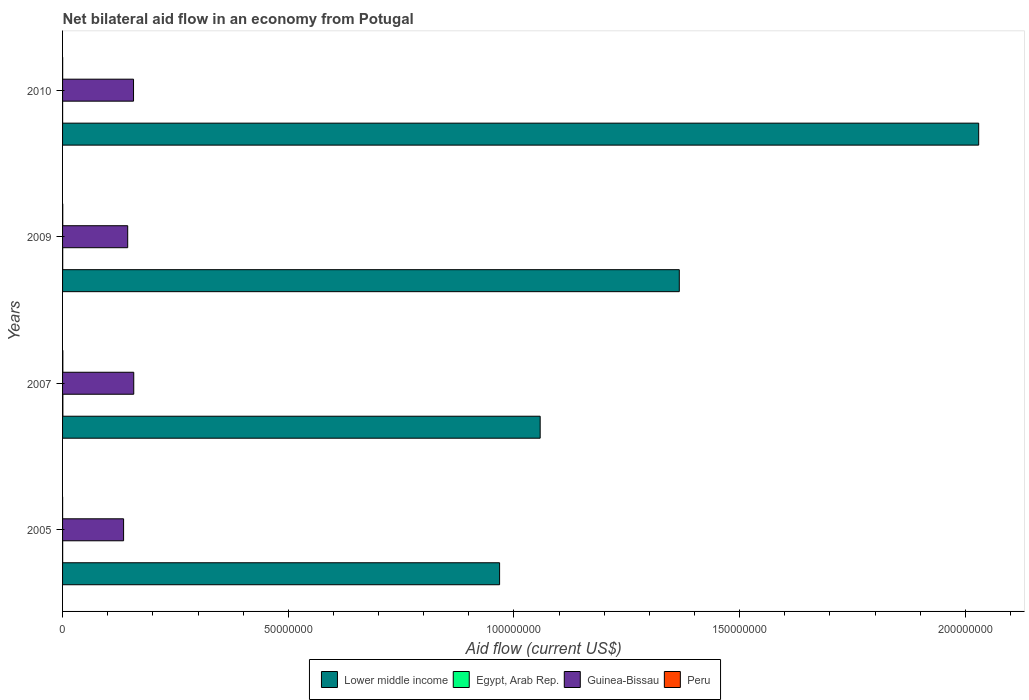
| Years | Lower middle income | Egypt, Arab Rep. | Guinea-Bissau | Peru |
 | --- | --- | --- | --- | --- |
 | 2005 | 9.68e+07 | 2e+04 | 1.35e+07 | 1e+04 |
 | 2007 | 1.06e+08 | 7e+04 | 1.58e+07 | 6e+04 |
 | 2009 | 1.37e+08 | 3e+04 | 1.44e+07 | 4e+04 |
 | 2010 | 2.03e+08 | 1e+04 | 1.57e+07 | 2e+04 |